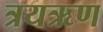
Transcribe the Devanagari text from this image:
त्रयऋण